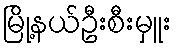
မြို့နယ်ဦးစီးမှူး